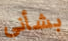
بشأني